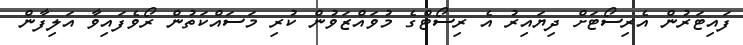
ފައިޓަރުން އެރިސޯޓަށް ދިޔައިރު އެ ރިސޯޓްގެ މުވައްޒަވުން ކުރި މަސައްކަތުން ރޯވެފައިވާ އަލިފާން